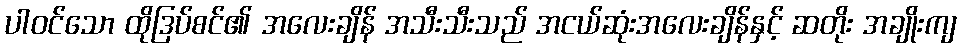
ပါဝင်သော ထိုဒြပ်စင်၏ အလေးချိန် အသီးသီးသည် အငယ်ဆုံးအလေးချိန်နှင့် ဆတိုး အချိုးကျ